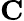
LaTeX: \mathrm{\mathbf C}